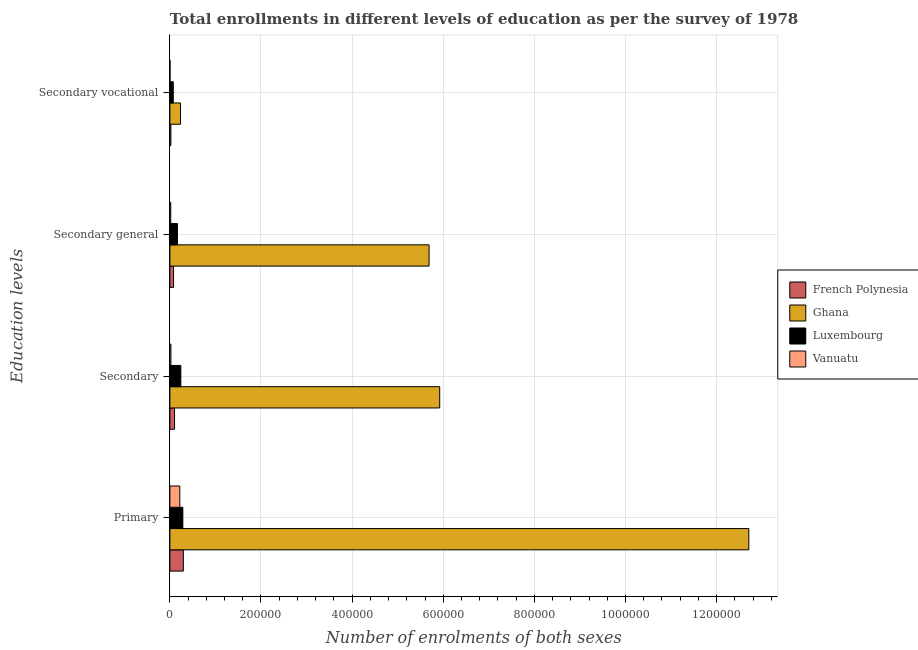
| Education levels | French Polynesia | Ghana | Luxembourg | Vanuatu |
 | --- | --- | --- | --- | --- |
 | Primary | 2.95e+04 | 1.27e+06 | 2.85e+04 | 2.18e+04 |
 | Secondary | 1.03e+04 | 5.92e+05 | 2.41e+04 | 2.28e+03 |
 | Secondary general | 8.05e+03 | 5.69e+05 | 1.66e+04 | 1.92e+03 |
 | Secondary vocational | 2.22e+03 | 2.33e+04 | 7.47e+03 | 363 |